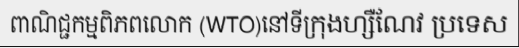
ពាណិជ្ជកម្មពិភពលោក (WTO)នៅទីក្រុងហ្សឺណែវ ប្រទេស